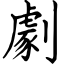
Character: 劇